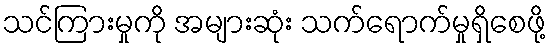
သင်ကြားမှုကို အများဆုံး သက်ရောက်မှုရှိစေဖို့